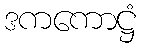
ဒကကောဋ္ဌံ